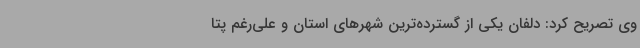
وی تصریح کرد: دلفان یکی از گسترده‌ترین شهرهای استان و علی‌رغم پتا